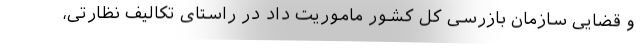
و قضایی سازمان بازرسی کل کشور ماموریت داد در راستای تکالیف نظارتی،